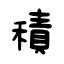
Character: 積